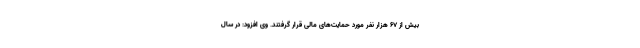
بیش از ۶۷ هزار نفر مورد حمایت‌های مالی قرار گرفتند. وی افزود: در سال